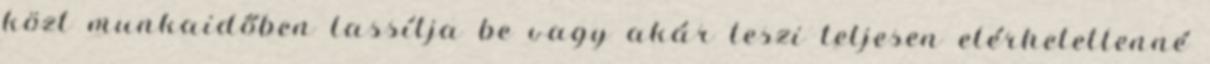
közt munkaidőben lassítja be vagy akár teszi teljesen elérhetetlenné